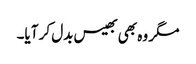
مگر وہ بھی بھیس بدل کر آیا۔